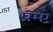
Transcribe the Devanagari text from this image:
प्रॅम्प्ट